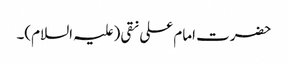
حضرت امام علی نقی (علیہ السلام)۔